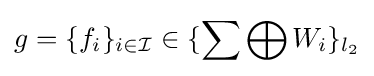
g=\{f_{i}\}_{i\in {\mathcal {I}}}\in \{\sum \bigoplus W_{i}\}_{l_{2}}